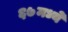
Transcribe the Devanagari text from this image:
६७मध्ये